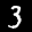
Label: 3